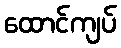
ထောင်ကျပ်